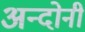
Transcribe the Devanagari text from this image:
अन्दोनी